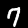
Label: 7